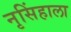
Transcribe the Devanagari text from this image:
नृसिंहाला